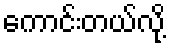
ကောင်းတယ်လို့